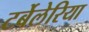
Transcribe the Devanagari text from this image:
टर्बेलेरिया